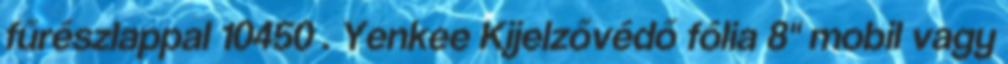
fűrészlappal 10450 . Yenkee Kijelzővédő fólia 8" mobil vagy